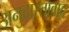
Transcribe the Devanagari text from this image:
अनुदारतावाद